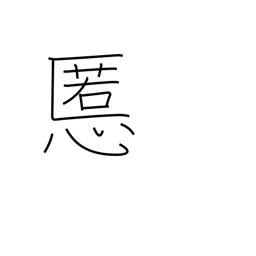
Meaning: evil